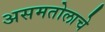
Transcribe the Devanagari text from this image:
असमतोलाचे